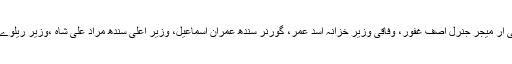
پی ایس ایل کی اختتامی تقریب میں آرمی چیف جنرل قمر جاوید باجوہ، ڈی جی آئی ایس پی آر میجر جنرل آصف غفور، وفاقی وزیر خزانہ اسد عمر، گورنر سندھ عمران اسماعیل، وزیر اعلیٰ سندھ مراد علی شاہ ،وزیر ریلوے شیخ رشید احمد اور چیئرمین پی سی بی احسان مانی سمیت اہم شخصیات نے شرکت کی۔